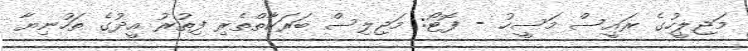
މަޖިލީހުގެ ރައީސް މަސީހު - ފޮޓޯ: މަޖިލިސް ބަރަކާތްތެރި ފިތުރު އީދުގެ ތަހުނިޔާ